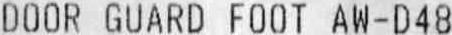
DOOR GUARD FOOT AW-D48